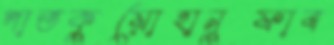
পাতকুয়োহানুফাব